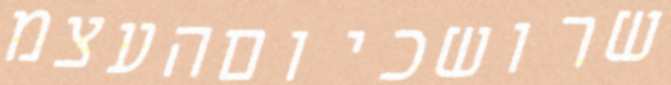
שרושכיוםהעצמ